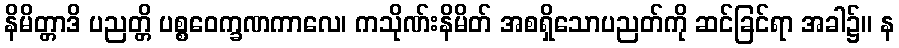
နိမိတ္တာဒိ ပညတ္တိ ပစ္စဝေက္ခဏကာလေ၊ ကသိုဏ်းနိမိတ် အစရှိသောပညတ်ကို ဆင်ခြင်ရာ အခါ၌။ န